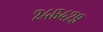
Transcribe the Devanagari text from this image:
२४६४२९